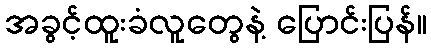
အခွင့်ထူးခံလူတွေနဲ့ ပြောင်းပြန်။